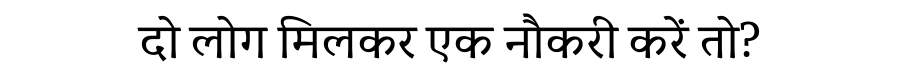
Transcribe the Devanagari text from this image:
दो लोग मिलकर एक नौकरी करें तो?